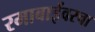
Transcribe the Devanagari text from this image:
रमाबाईंवरचा